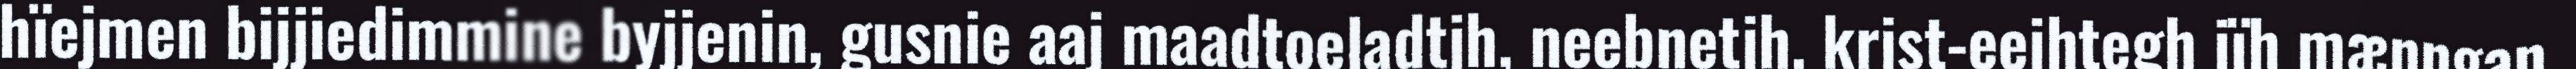
hïejmen bijjiedimmine byjjenin, gusnie aaj maadtoeladtjh, neebnetjh, krist-eejhtegh jïh mænngan